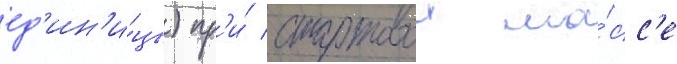
ед'ин'и́цы) пр'и́ стартовои ма́сс'е